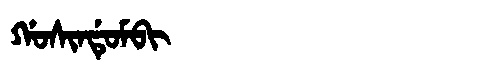
Manchu: ᡤᠣᠰᡳᠨᡩᡠᠮᠪᡳ
Romanization: GOSINDUMBI